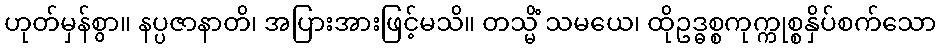
ဟုတ်မှန်စွာ။ နပ္ပဇာနာတိ၊ အပြားအားဖြင့်မသိ။ တသ္မိံ သမယေ၊ ထိုဥဒ္ဓစ္စကုက္ကုစ္စနှိပ်စက်သော